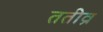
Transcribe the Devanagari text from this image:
ततीव्र